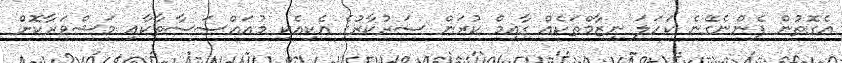
އެގޮތުން ފެންނެގޭނެ ކަހަލަ ނިޒާމްތަކެއް ގާއިމް ކުރަން ސަރުކާރުގެ އެކިއެކި މުއައްސަސާތާކާއި މަޝްވަރާކޮށް